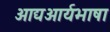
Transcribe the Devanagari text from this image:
आद्यआर्यभाषा